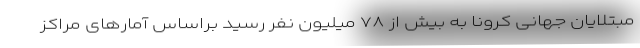
مبتلایان جهانی کرونا به بیش از ۷۸ میلیون نفر رسید براساس آمارهای مراکز